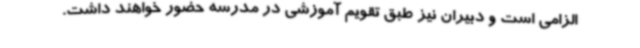
الزامی است و دبیران نیز طبق تقویم آموزشی در مدرسه حضور خواهند داشت.